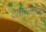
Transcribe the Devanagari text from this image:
दारासमोरच